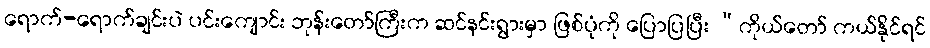
ရောက်-ရောက်ချင်းပဲ ပင်းကျောင်း ဘုန်းတော်ကြီးက ဆင်နင်းရွားမှာ ဖြစ်ပုံကို ပြောပြပြီး “ကိုယ်တော် ကယ်နိုင်ရင်